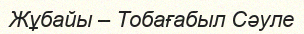
Жұбайы – Тобағабыл Сәуле